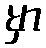
မှာ